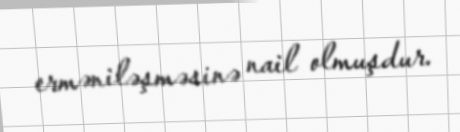
erməniləşməsinə nail olmuşdur.